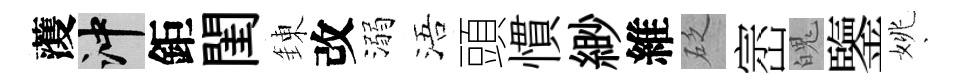
𮑮冲鉅閨錬改溺浯頭慣緲維砭崈魄鑒姚